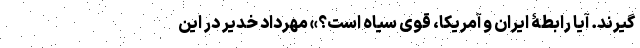
گیرند. آیا رابطۀ ایران و آمریکا، قوی سیاه است؟» مهرداد خدیر در این